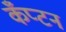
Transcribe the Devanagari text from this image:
कँप्टन